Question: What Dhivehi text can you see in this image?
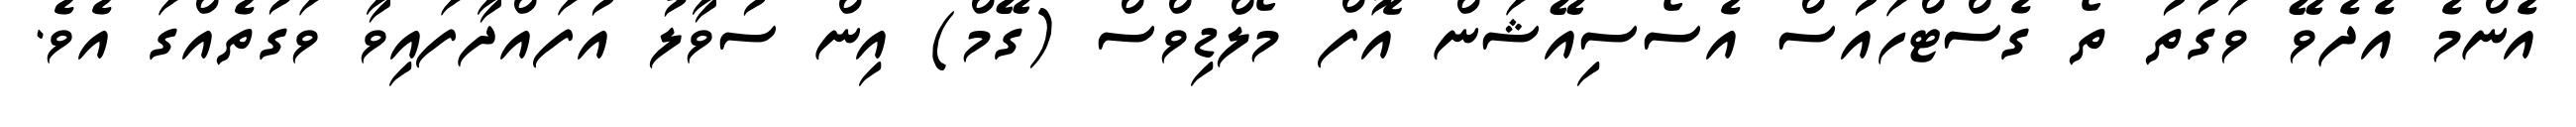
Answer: އެންމެ އެދެވޭ ވަގުތު ތޯ ގެސްޓްހައުސް އެސޯސިއޭޝަން އޮފް މޯލްޑިވްސް (ގޭމް) އިން ސުވާލު އުފައްދާފައިވާ ވަގުތެއްގަ އެވެ.